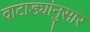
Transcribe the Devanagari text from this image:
वाटाड्यांनुसार